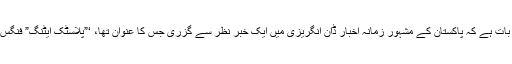
یہ ایک سال پہلے کی بات ہے کہ پاکستان کے مشہور زمانہ اخبار ڈان انگریزی میں ایک خبر نظر سے گزری جس کا عنوان تھا، ‘”پلاسٹک ایٹنگ” فنگس ڈسکورڈ ان اسلام آباد۔